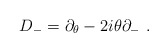
\begin{align*}D_- = \partial_\theta -2i\theta\partial_-\ .\end{align*}